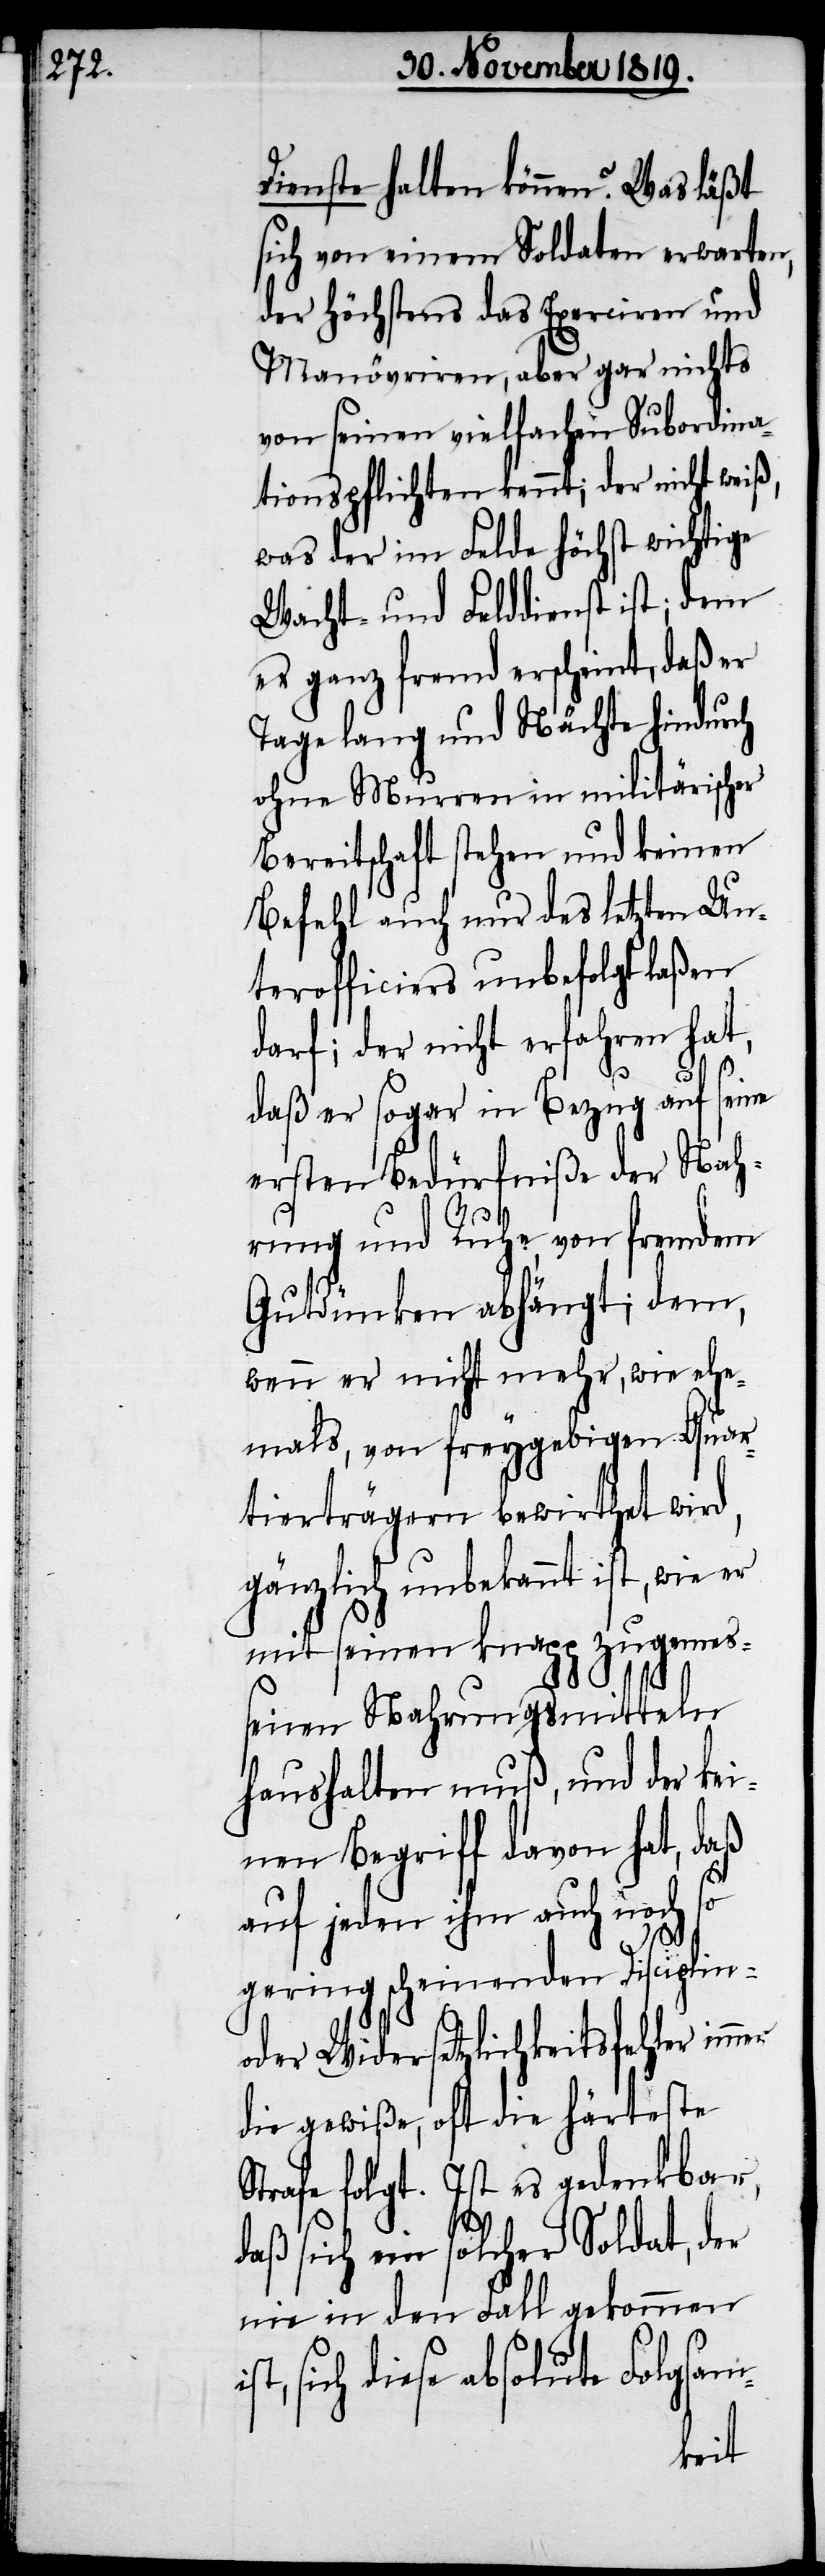
Dienste halten können? Was läßt
sich von einem Soldaten erwarten,
der höchstens das Exerciren und
Manövriren, aber gar nichts
von seinen vielfachen Subordina¬
tionspflichten kennt; der nicht weiß,
was der im Felde höchst wichtige
Wacht- und Felddienst ist; dem
es ganz fremd erscheint, daß er
Tage lang und Nächte hindurch
ohne Murren in militärischer
Bereitschaft stehen und keinen
Befehl auch nur des letzten Un¬
terofficiers unbefolgt laßen
darf; der nicht erfahren hat,
daß er sogar in Bezug auf seine
ersten Bedürfniße der Nah¬
rung und Ruhe, von fremdem
Gutdünken abhängt; dem,
wenn er nicht mehr, wie ehe¬
mals, von freygebigen Quar¬
tierträgern bewirthet wird,
gänzlich unbekannt ist, wie er
mit seinen knapp zugemes¬
senen Nahrungsmitteln
haushalten muß, und der kei¬
nen Begriff davon hat, daß
auf jeden ihm auch noch so
gering scheinenden Disciplin-
oder Widersetzlichkeitsfehler im¬
die gewiße, oft die härteste
Strafe folgt. Ist es gedenkbar,
daß sich ein solcher Soldat, der
nie in den Fall gekommen
sich diese absolute Folgsam-
mer